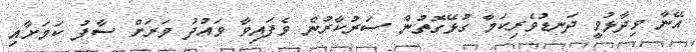
އޭނާ ވިދާޅުވީ ދަނޑުވެރިކަމާ ގުޅޭގޮތުން ސަރުކާރުން ވެފައިވާ ވައުދު ވަރަށް ސާފު ކަމަށާއި